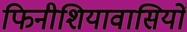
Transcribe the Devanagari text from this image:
फिनीशियावासियों